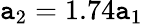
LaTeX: \mathtt{a}_{2}=1.74\mathtt{a}_{1}